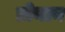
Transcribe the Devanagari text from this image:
डोनान